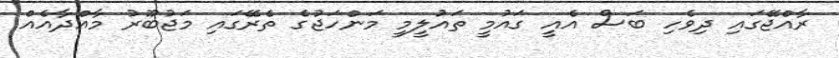
ރާއްޖޭގައި ދިވެހި ބަސް އެއީ ގައުމީ ތައުލީމީ މަންހަޖުގެ ތެރޭގައި މަޖުބޫރު މާއްދާއެއް